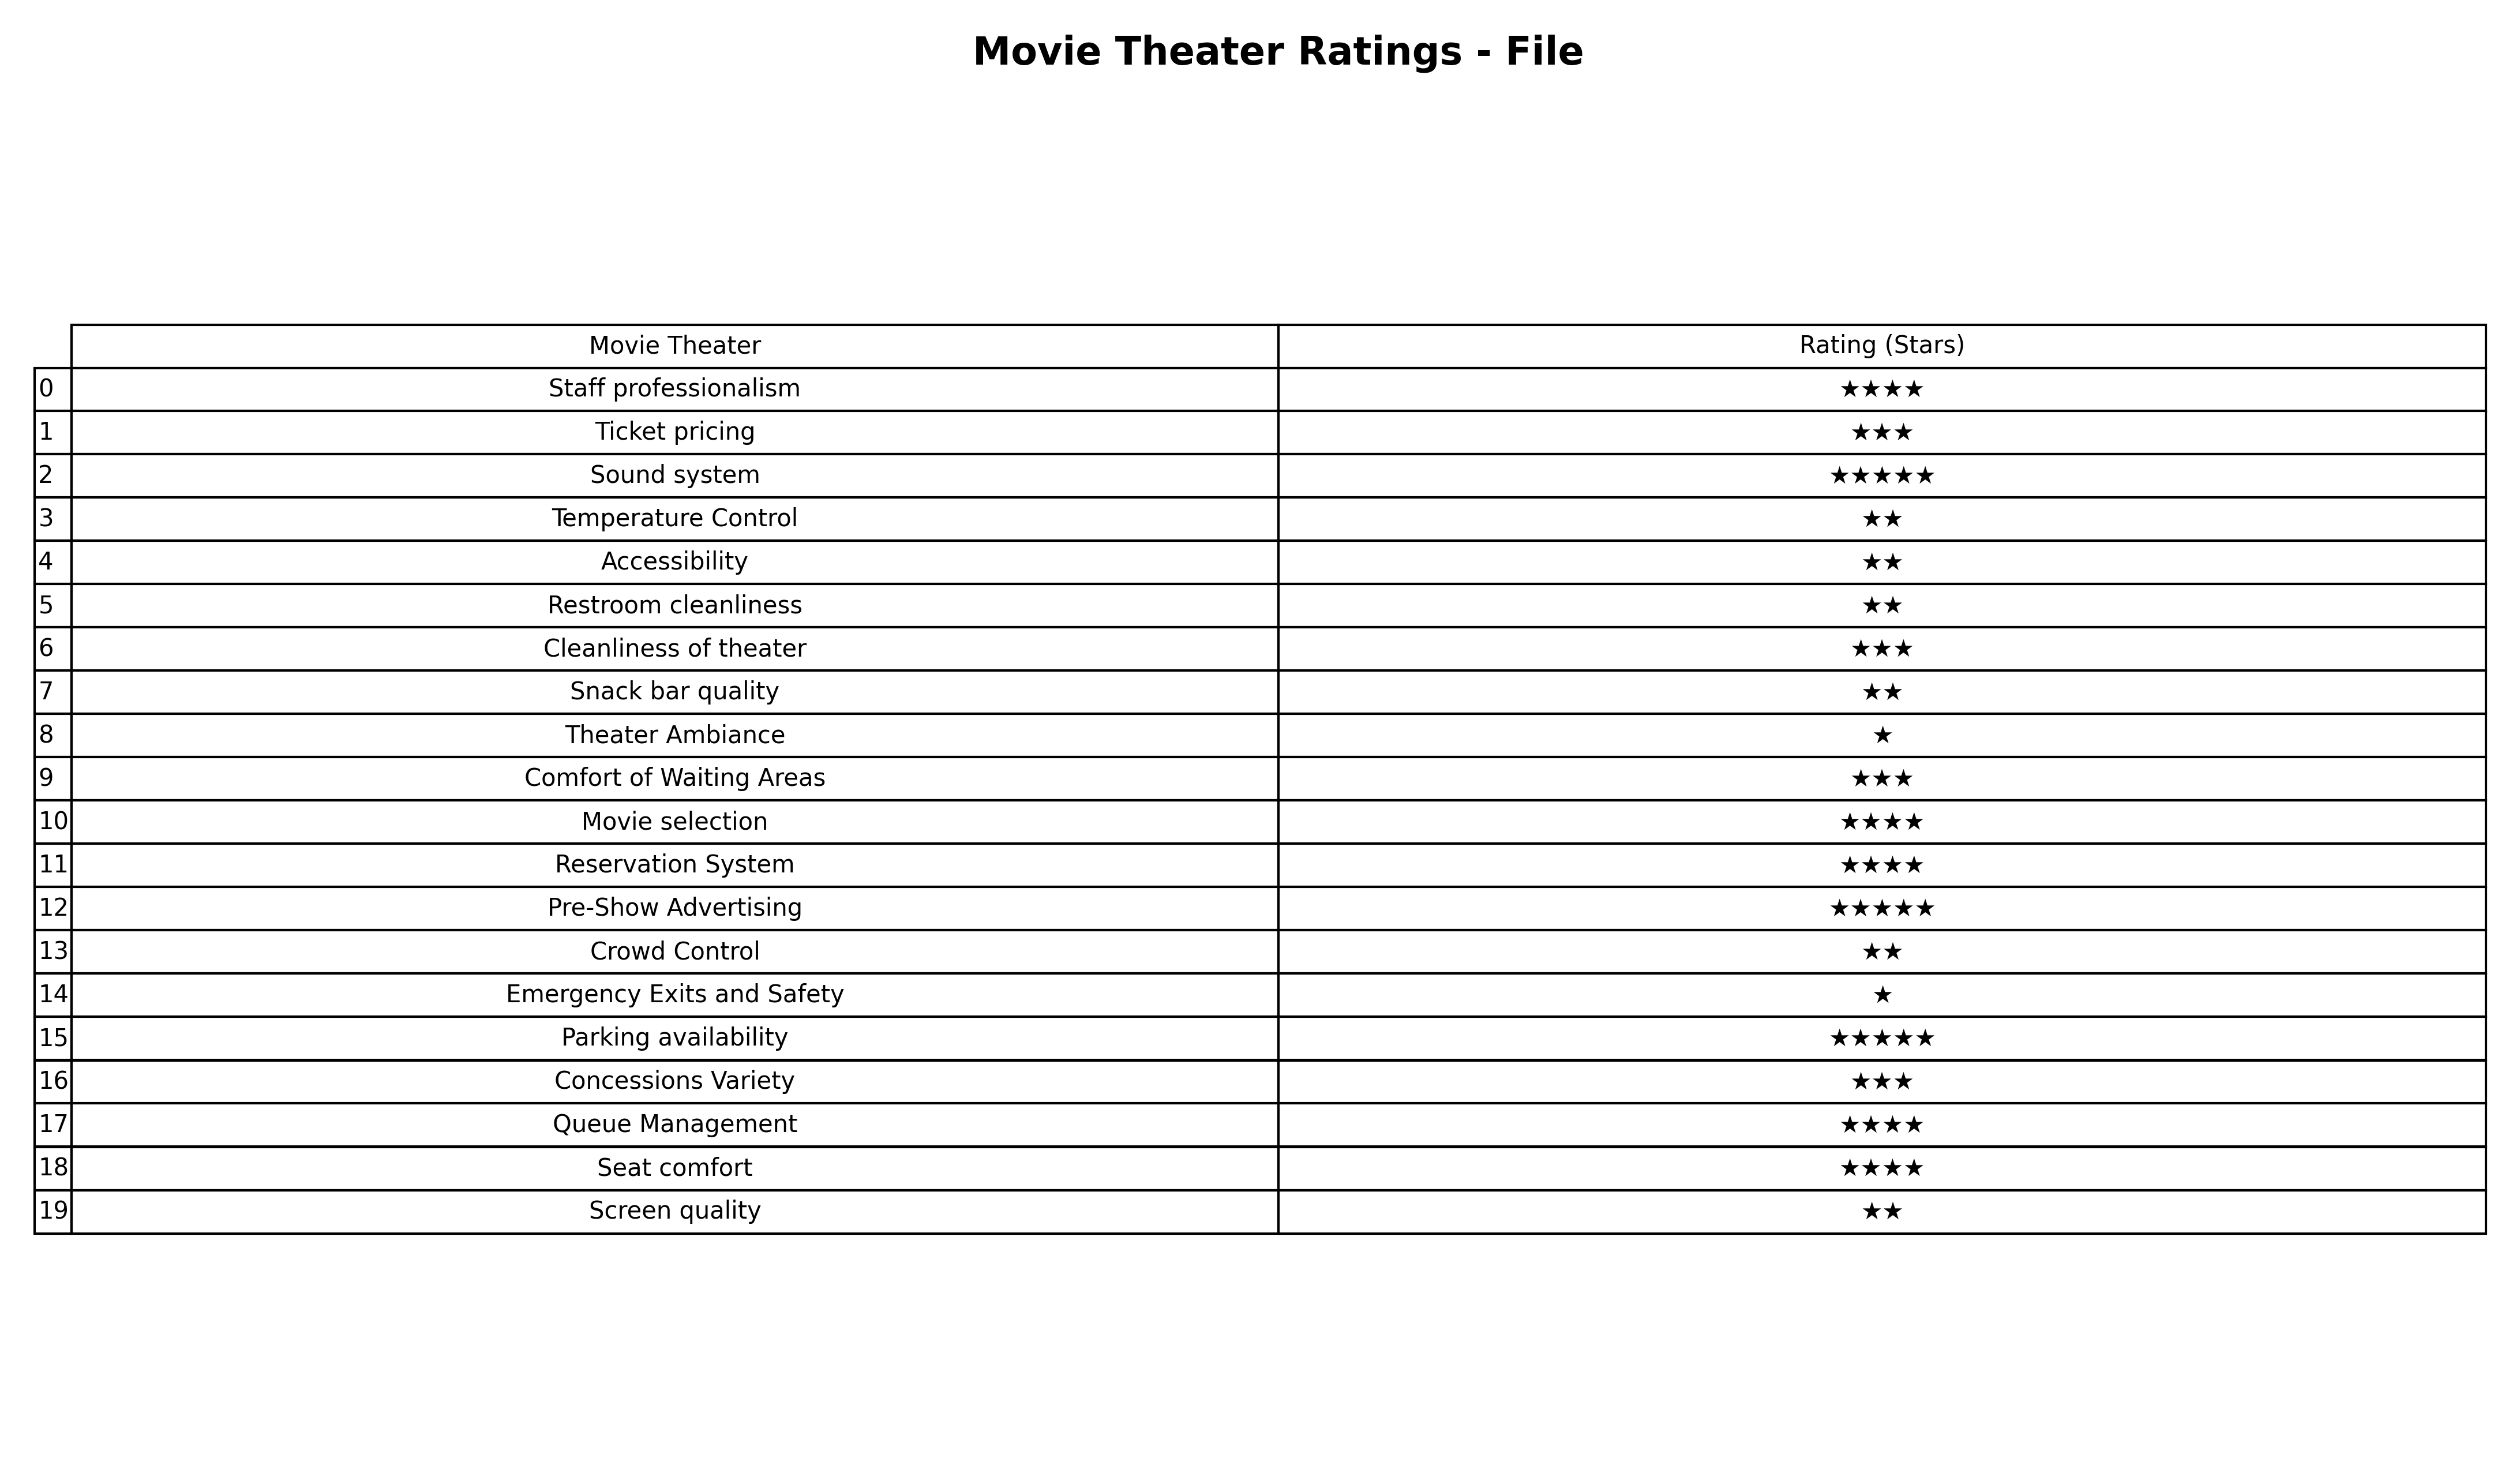
question: What is the rating of Queue Management?
answer: ★★★★